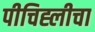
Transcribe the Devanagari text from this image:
पीचिह्लीचा